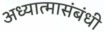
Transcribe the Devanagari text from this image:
अध्यात्मासंबंधी